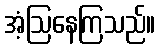
အံ့ဩနေကြသည်။